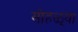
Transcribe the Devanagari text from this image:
सोहळ्या